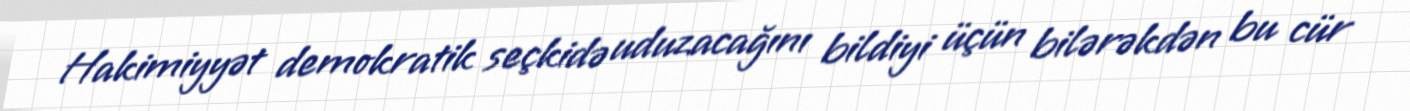
Hakimiyyət demokratik seçkidə uduzacağını bildiyi üçün bilərəkdən bu cür